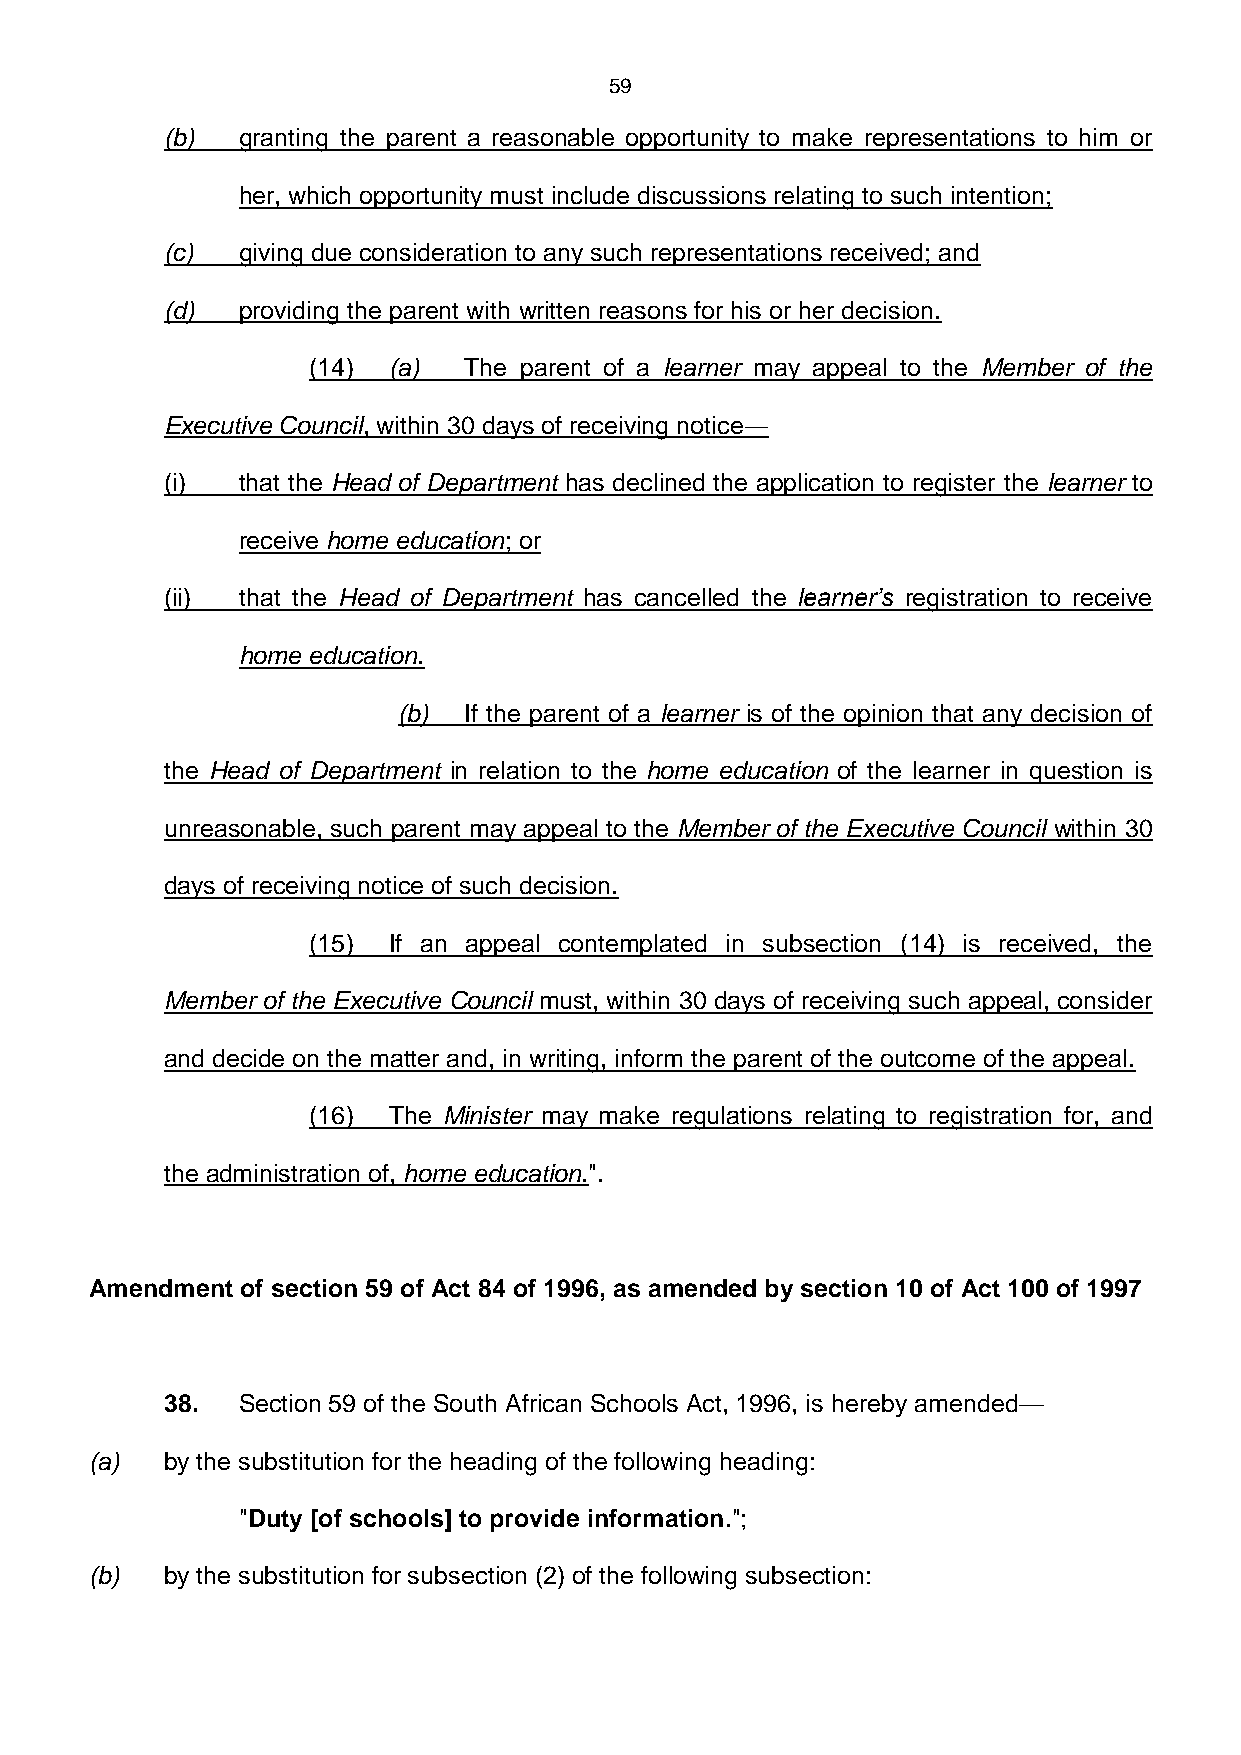
59
 (b)  granting the parent a reasonable opportunity to make representations to him or
 her, which opportunity must include discussions relating to such intention;
 (c)  giving due consideration to any such representations received; and
 (d)  providing the parent with written reasons for his or her decision.
 (14)  (a)  The parent of a learner may appeal to the Member of the
 Executive Council, within 30 days of receiving notice―
 (i)  that the Head of Department has declined the application to register the learner to
 receive home education; or
 (ii) that the Head of Department has cancelled the learner’s registration to receive
 home education.
 (b)  If the parent of a learner is of the opinion that any decision of
 the Head of Department in relation to the home education of the learner in question is
 unreasonable, such parent may appeal to the Member of the Executive Council within 30
 days of receiving notice of such decision.
 (15)  If an appeal contemplated in subsection (14) is received, the
 Member of the Executive Council must, within 30 days of receiving such appeal, consider
 and decide on the matter and, in writing, inform the parent of the outcome of the appeal.
 (16)  The Minister may make regulations relating to registration for, and
 the administration of, home education.".
 Amendment of section 59 of Act 84 of 1996, as amended by section 10 of Act 100 of 1997
 38.  Section 59 of the South African Schools Act, 1996, is hereby amended—
 (a)  by the substitution for the heading of the following heading:
 "Duty [of schools] to provide information.";
 (b)  by the substitution for subsection (2) of the following subsection: